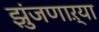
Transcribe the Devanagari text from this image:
झुंजणाऱ्या